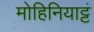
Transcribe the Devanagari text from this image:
मोहिनियाट्टं